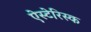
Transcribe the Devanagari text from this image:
ऐस्टेरिस्क